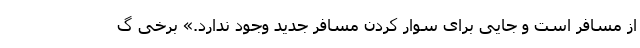
از مسافر است و جایی برای سوار کردن مسافر جدید وجود ندارد.» برخی گ